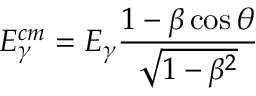
E _ { \gamma } ^ { c m } = E _ { \gamma } \frac { 1 - \beta \cos { \theta } } { \sqrt { 1 - \beta ^ { 2 } } }